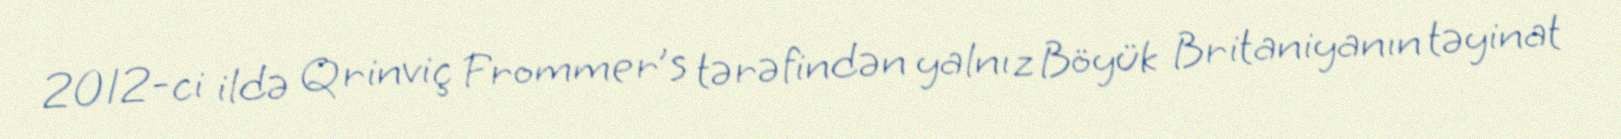
2012-ci ildə Qrinviç Frommer’s tərəfindən yalnız Böyük Britaniyanın təyinat